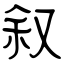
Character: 叙